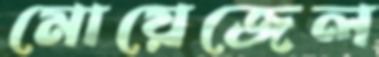
মোয়েজেল